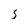
Character: 5